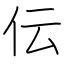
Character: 伝